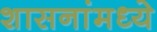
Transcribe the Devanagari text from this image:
शासनांमध्ये